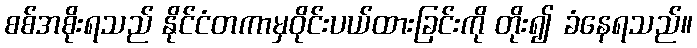
စစ်အစိုးရသည် နိုင်ငံတကာမှဝိုင်းပယ်ထားခြင်းကို တိုး၍ ခံနေရသည်။